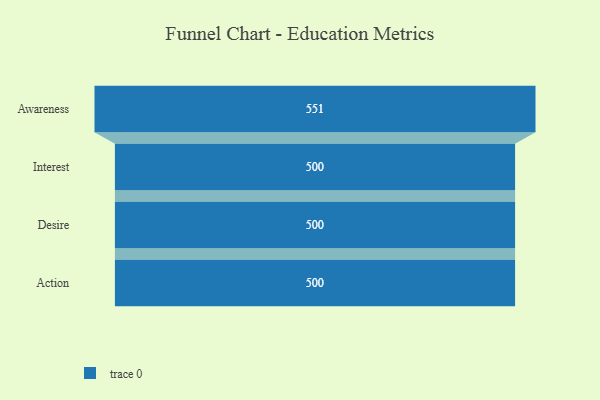
{"axis": {"x": "Stage", "y": "Value"}, "legend": [""], "data": [{"x": "Awareness", "y": 551.0, "type": ""}, {"x": "Interest", "y": 500, "type": ""}, {"x": "Desire", "y": 500, "type": ""}, {"x": "Action", "y": 500, "type": ""}]}